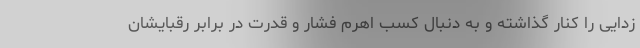
زدایی را کنار گذاشته و به دنبال کسب اهرم فشار و قدرت در برابر رقبایشان